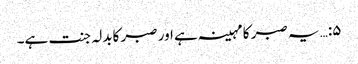
۵:… یہ صبر کا مہینہ ہے اور صبر کابدلہ جنت ہے۔